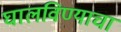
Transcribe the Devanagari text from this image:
घालविण्याचा